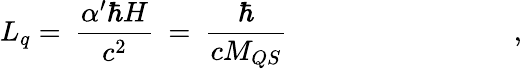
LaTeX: L_{q}=\: \frac{\alpha^{\prime}\hbar H}{c^{2}}\: =\: \frac{\hbar}{cM_{QS}}\qquad\qquad\qquad\qquad,